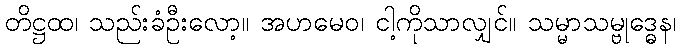
တိဋ္ဌထ၊ သည်းခံဦးလော့။ အဟမေဝ၊ ငါ့ကိုသာလျှင်။ သမ္မာသမ္ဗုဒ္ဓေန၊